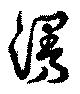
漫